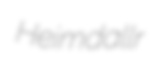
Heimdallr